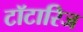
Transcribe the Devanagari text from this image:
टॉटारिज